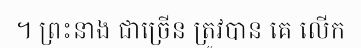
។ ព្រះនាង ជាច្រើន ត្រូវបាន គេ លើក